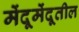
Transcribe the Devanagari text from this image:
मेंदूमेंदूतील